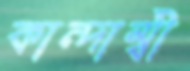
কান্দাম্বী